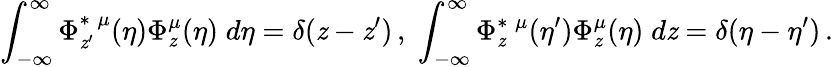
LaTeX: \int_{-\infty}^{\infty}\Phi_{\mathit{z}^{\prime}}^{\ast\; \mu}(\eta)\Phi_{\mathit{z}}^{\mu}(\eta)\; d\eta=\delta(\mathit{z}-\mathit{z}^{\prime})\, ,\; \int_{-\infty}^{\infty}\Phi_{\mathit{z}}^{\ast\; \mu}(\eta^{\prime})\Phi_{\mathit{z}}^{\mu}(\eta)\; d\mathit{z}=\delta(\eta-\eta^{\prime})\, .